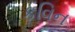
કવિન